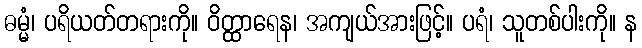
ဓမ္မံ၊ ပရိယတ်တရားကို။ ဝိတ္ထာရေန၊ အကျယ်အားဖြင့်။ ပရံ၊ သူတစ်ပါးကို။ န